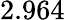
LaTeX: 2.964